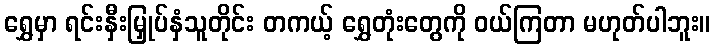
ရွှေမှာ ရင်းနှီးမြှုပ်နှံသူတိုင်း တကယ့် ရွှေတုံးတွေကို ဝယ်ကြတာ မဟုတ်ပါဘူး။